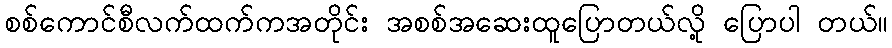
စစ်ကောင်စီလက်ထက်ကအတိုင်း အစစ်အဆေးထူပြောတယ်လို့ ပြောပါ တယ်။